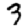
Digit: 3